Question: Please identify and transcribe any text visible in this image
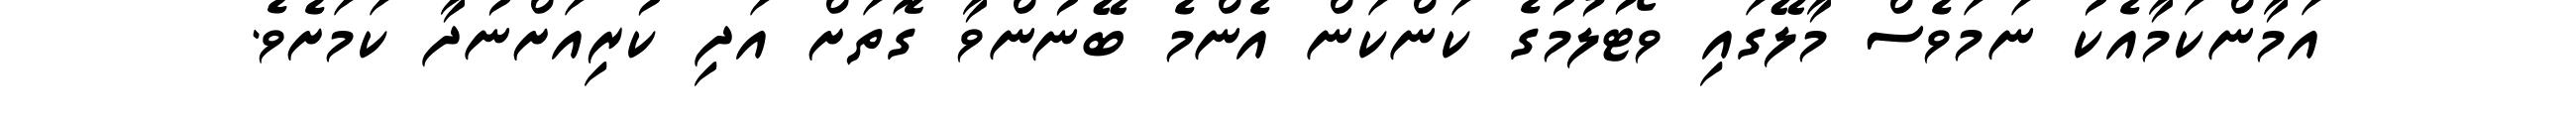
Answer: އަމާންކަމާއެކު ނަމަވެސް މާލޭގައި ވޯޓުލުމުގެ ކަންކަން އެންމެ ބޭނުންވާ ގޮތަށް އަދި ކުރިއަށްނުދާ ކަމަށެވެ.